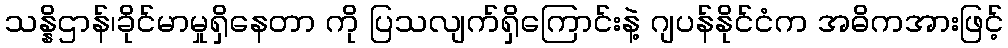
သန္နိဌာန်၊ခိုင်မာမှုရှိနေတာ ကို ပြသလျက်ရှိကြောင်းနဲ့ ဂျပန်နိုင်ငံက အဓိကအားဖြင့်